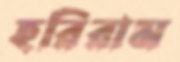
হরিরাম